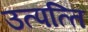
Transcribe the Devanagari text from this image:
उत्‍पत्‍ति